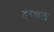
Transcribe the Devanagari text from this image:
हरशल